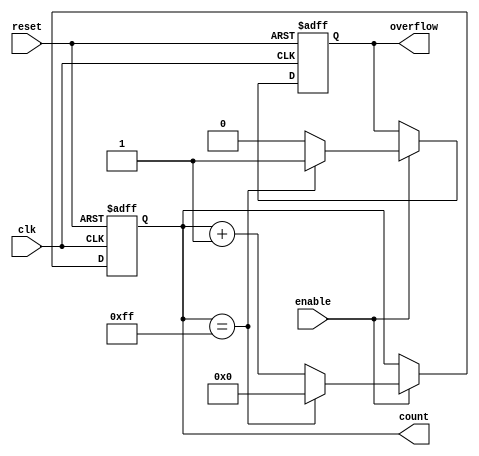
module pulse_counter #(
    parameter WIDTH = 8 // Configurable width of the counter (8, 16, 32, etc.)
) (
    input wire clk,        // Clock signal
    input wire enable,     // Count enable signal
    input wire reset,      // Asynchronous reset signal
    output reg [WIDTH-1:0] count, // Current count value
    output reg overflow     // Overflow flag
);

    // Asynchronous reset and counting logic
    always @(posedge clk or posedge reset) begin
        if (reset) begin
            count <= 0;       // Reset count to zero
            overflow <= 0;    // Clear overflow flag
        end else if (enable) begin
            if (count == {WIDTH{1'b1}}) begin
                count <= 0;    // Wrap around on overflow
                overflow <= 1;  // Set overflow flag
            end else begin
                count <= count + 1; // Increment counter
                overflow <= 0; // Clear overflow flag
            end
        end
    end

endmodule